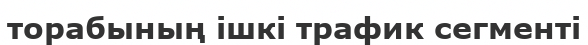
торабының ішкі трафик сегменті